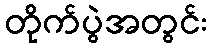
တိုက်ပွဲအတွင်း